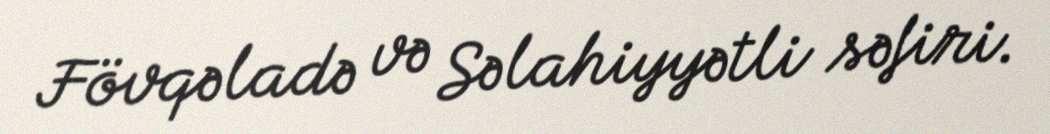
Fövqəladə və Səlahiyyətli səfiri.